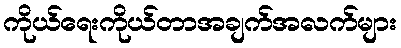
ကိုယ်ရေးကိုယ်တာအချက်အလက်များ